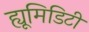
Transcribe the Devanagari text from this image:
ह्यूमिडिटी